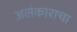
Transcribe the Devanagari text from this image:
अलंकाराचा